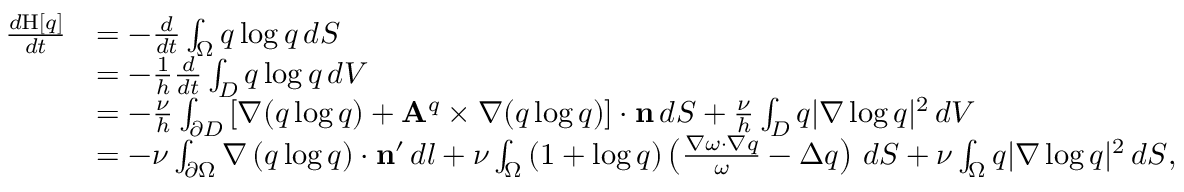
\begin{array} { r l } { \frac { d \mathrm { H } [ q ] } { d t } } & { = - \frac { d } { d t } \int _ { \Omega } q \log q \, d S } \\ & { = - \frac { 1 } { h } \frac { d } { d t } \int _ { D } q \log q \, d V } \\ & { = - \frac { \nu } { h } \int _ { \partial D } \left[ { \nabla ( q \log q ) + \mathbf { A } ^ { q } \times \nabla ( q \log q ) } \right] \cdot \mathbf { n } \, d S + \frac { \nu } { h } \int _ { D } q | \nabla \log q | ^ { 2 } \, d V } \\ & { = - \nu \int _ { \partial \Omega } \nabla \left( { q \log q } \right) \cdot \mathbf { n } ^ { \prime } \, d l + \nu \int _ { \Omega } \left( { 1 + \log q } \right) \left( { \frac { \nabla \omega \cdot \nabla q } { \omega } - \Delta q } \right) \, d S + { \nu } \int _ { \Omega } q | \nabla \log q | ^ { 2 } \, d S , } \end{array}